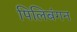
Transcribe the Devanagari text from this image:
पिलिबंगन